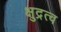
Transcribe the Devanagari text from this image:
क्षुद्रत्व